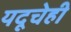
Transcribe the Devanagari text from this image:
यदूचेही